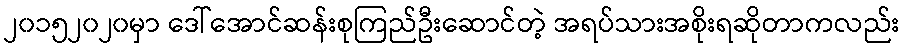
၂၀၁၅၂၀၂၀မှာ ဒေါ်အောင်ဆန်းစုကြည်ဦးဆောင်တဲ့ အရပ်သားအစိုးရဆိုတာကလည်း